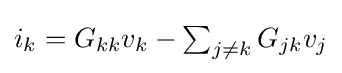
{\textstyle i_{k}=G_{kk}v_{k}-\sum _{j\neq k}G_{jk}v_{j}}